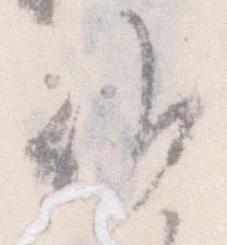
候